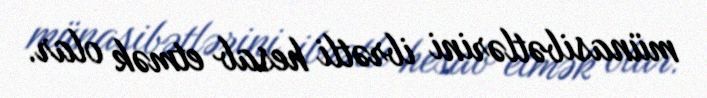
münasibətlərini ibrətli hesab etmək olar.